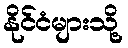
နိုင်ငံများသို့